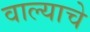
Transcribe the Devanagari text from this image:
वाल्याचे